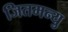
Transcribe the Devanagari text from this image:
जितमन्यु